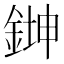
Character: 𫒨